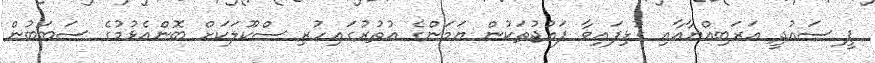
ޕީ ސައުދީ އަރަބިއްޔާއާއި ގުޅިފައިވާ ފައުޖުތަކުން ޔަމަންގެ އުތުރުގައިހުރި ސްކޫލަކަށް ބޮންއެޅުމުގެ ސަބަބުން